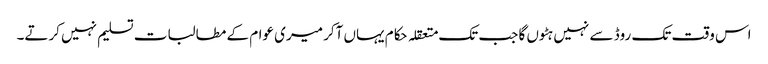
اس وقت تک روڈ سے نہیں ہٹوں گا جب تک متعقلہ حکام یہاں آکر میری عوام کے مطالبات تسلیم نہیں کرتے۔